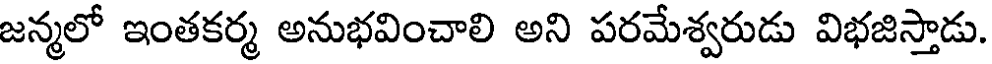
జన్మలో ఇంతకర్మ అనుభవించాలి అని పరమేశ్వరుడు విభజిస్తాడు.